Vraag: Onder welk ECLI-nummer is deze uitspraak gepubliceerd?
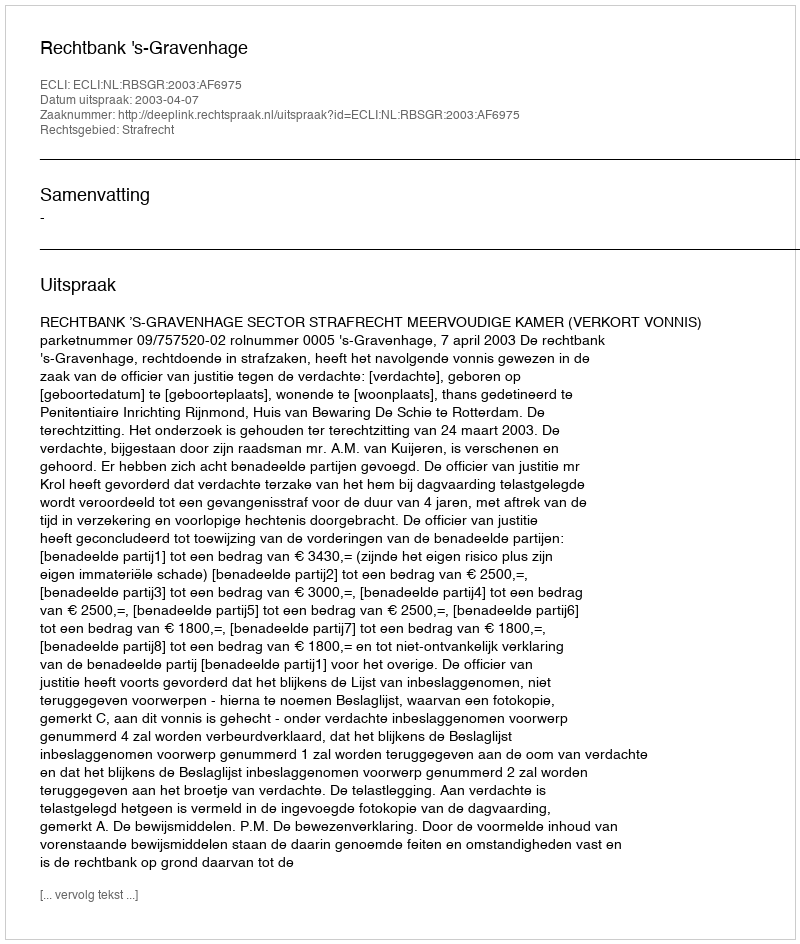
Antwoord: ECLI:NL:RBSGR:2003:AF6975